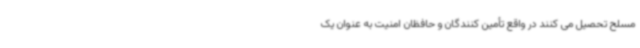
مسلح تحصیل می کنند در واقع تأمین کنندگان و حافظان امنیت به عنوان یک